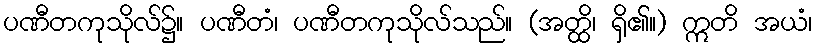
ပဏီတကုသိုလ်၌။ ပဏီတံ၊ ပဏီတကုသိုလ်သည်။ (အတ္ထိ၊ ရှိ၏။) ဣတိ အယံ၊